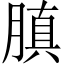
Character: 䐜